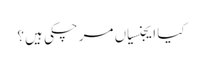
کیا ایجنسیاں مرچکی ہیں؟